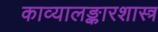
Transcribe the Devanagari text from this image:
काव्यालङ्कारशास्त्र